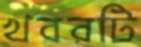
খবরটি